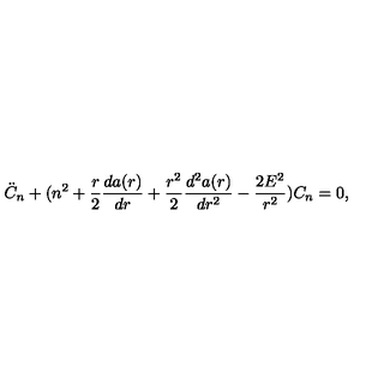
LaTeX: \ddot { C } _ { n } + ( n ^ { 2 } + \frac { r } { 2 } \frac { d a ( r ) } { d r } + \frac { r ^ { 2 } } { 2 } \frac { d ^ { 2 } a ( r ) } { d r ^ { 2 } } - \frac { 2 E ^ { 2 } } { r ^ { 2 } } ) C _ { n } = 0 ,